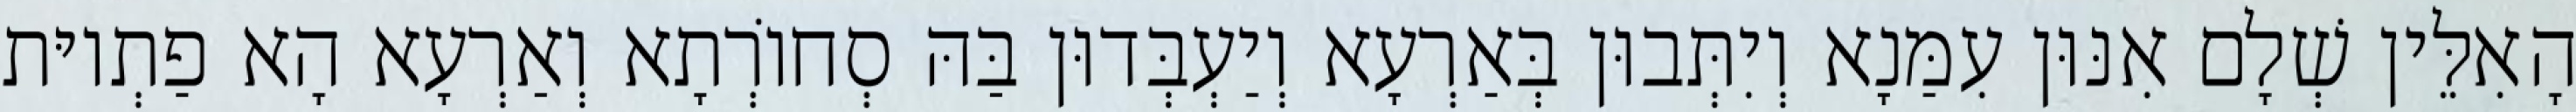
הָאִלֵּין שְׁלָם אִנּוּן עִמַּנָא וְיִתְּבוּן בְּאַרְעָא וְיַעְבְּדוּן בַּהּ סְחוֹרְתָא וְאַרְעָא הָא פַתְיוּת